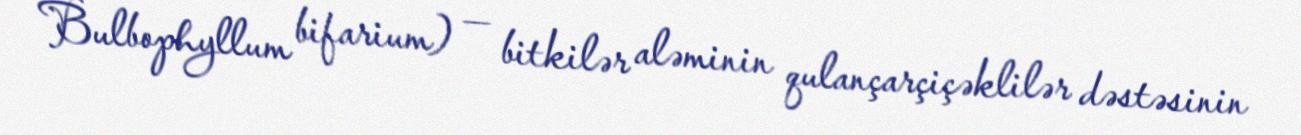
Bulbophyllum bifarium) — bitkilər aləminin qulançarçiçəklilər dəstəsinin